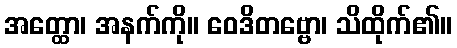
အတ္ထော၊ အနက်ကို။ ဝေဒိတဗ္ဗော၊ သိထိုက်၏။